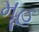
મૂહ